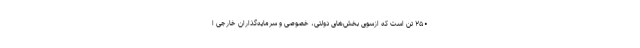
۲۵۰ تن است که ازسویِ بخش‌های دولتی، خصوصی و سرمایه‌گذاران خارجی ا